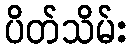
ပိတ်သိမ်း